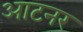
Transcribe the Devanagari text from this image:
आटनर